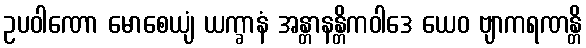
ဥပဝါဏော မောစေယျံ ယက္ခာနံ အန္တာနန္တိကဝါဒေ ယေဝ ဗျာကရဏန္တိ